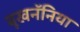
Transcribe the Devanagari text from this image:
बूखनॅनिया